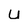
Character: u